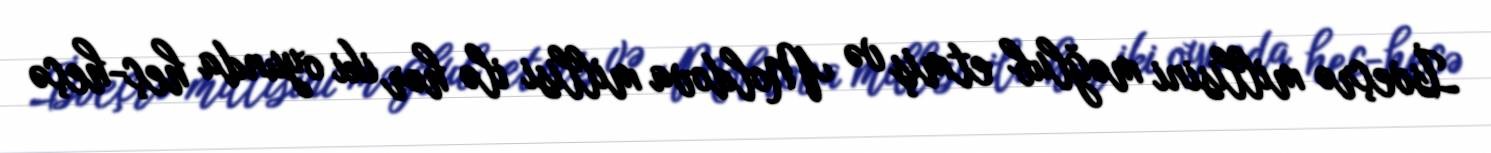
İsveçrə millisini məğlub etmiş və Moldova millisi ilə hər iki oyunda heç-heçə